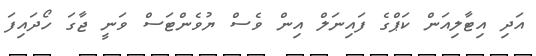
އަދި އިޓާލިއަން ކަޕްގެ ފައިނަލް އިން ވެސް ޔުވެންޓަސް ވަނީ ޖާގަ ހޯދައިފަ